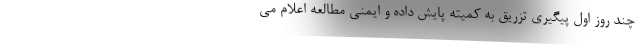
چند روز اول پیگیری تزریق به کمیته پایش داده و ایمنی مطالعه اعلام می